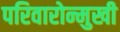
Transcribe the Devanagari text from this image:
परिवारोन्मुखी